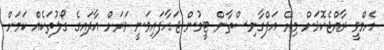
އެމްވީ ރާއްޖެކޮޅަށް މިރޭ އަފްގާނިސްތާން ޓީމުން ޖަހާފައިވަނީ ވަރަށް އާދައިގެ ގޯލުތަކެއް ކަމަށް